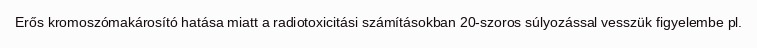
Erős kromoszómakárosító hatása miatt a radiotoxicitási számításokban 20-szoros súlyozással vesszük figyelembe pl.